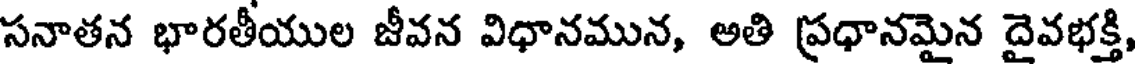
సనాతన భారతీయుల జీవన విధానమున, అతి ప్రధానమైన దైవభక్తి,